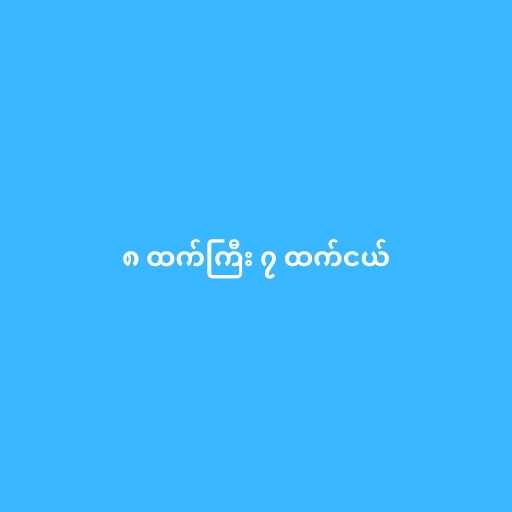
၈ ထက်ကြီး ၇ ထက်ငယ်